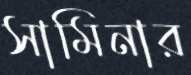
সামিনার